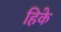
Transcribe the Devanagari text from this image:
हिके